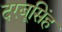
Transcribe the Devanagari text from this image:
दरबूसिंह